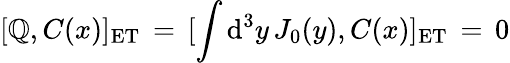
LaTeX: [\mathbb{Q},C(x)]_{\mathrm{{ET}}}\, =\, [\int\mathrm{{d}}^{3}y\, J_{0}(y),C(x)]_{\mathrm{{ET}}}\, =\, 0